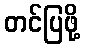
တင်ပြဖို့